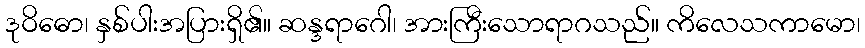
ဒုဝိဓော၊ နှစ်ပါးအပြားရှိ၏။ ဆန္ဒရာဂေါ၊ အားကြီးသောရာဂသည်။ ကိလေသကာမော၊